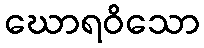
ဃောရဝိသော